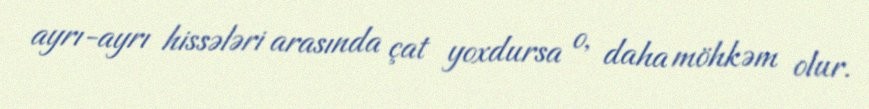
ayrı-ayrı hissələri arasında çat yoxdursa o, daha möhkəm olur.